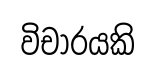
විචාරයකි